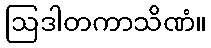
ဩဒါတကာသိဏံ။